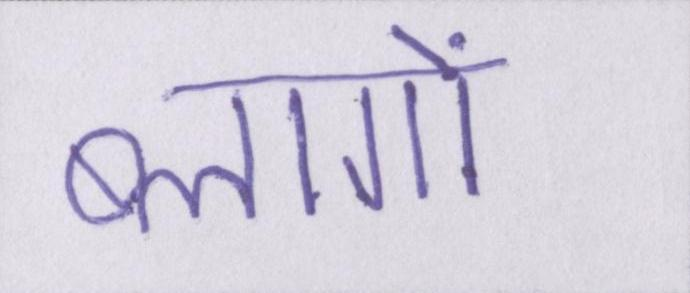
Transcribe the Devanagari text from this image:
ब्लागों